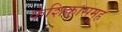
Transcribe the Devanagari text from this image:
केशिकासमूह